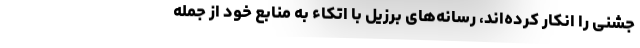
جشنی را انکار کرده‌اند، رسانه‌های برزیل با اتکاء به منابع خود از جمله